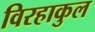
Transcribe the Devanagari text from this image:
विरहाकुल